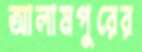
আলামপুরের